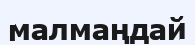
малмаңдай